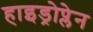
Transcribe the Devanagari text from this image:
हाइड्रोप्लेन